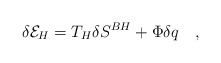
\begin{align*}\delta {\cal E}_H=T_H \delta S^{BH}+\Phi \delta q~~~,\end{align*}